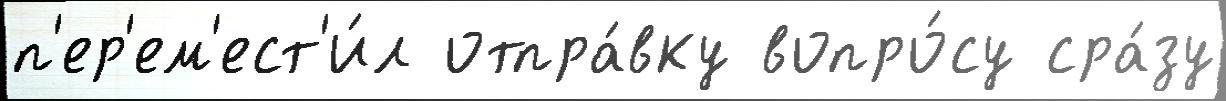
п'ер'ем'ест'и́л отпра́вку вопро́су сра́зу